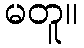
မတူ။